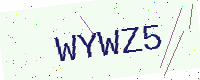
Text: WYWZ5